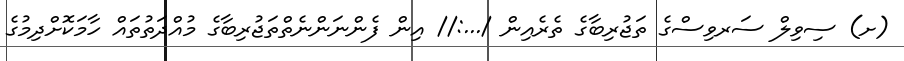
(ށ) ސިވިލް ސަރވިސްގެ ތަޖުރިބާގެ ތެރެއިން /...:// އިން ފެންނަންނެތްތަޖުރިބާގެ މުއްދަތުތައް ހާމަކޮށްދިމުގެ